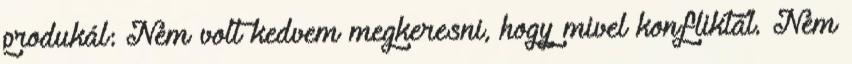
produkál: Nem volt kedvem megkeresni, hogy mivel konfliktál. Nem